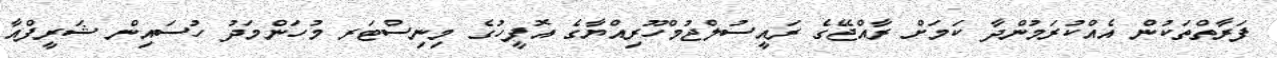
ފަރާތްތަކުން އެއްކުރަމުންދާ ކަމަށް ރާއްޖޭގެ ރައީސުލްޖުމްހޫރިއްޔާގެ އޮފީހުގެ މިނިސްޓަރ މުހަންމަދު ހުސައިން ޝަރީފްއާ